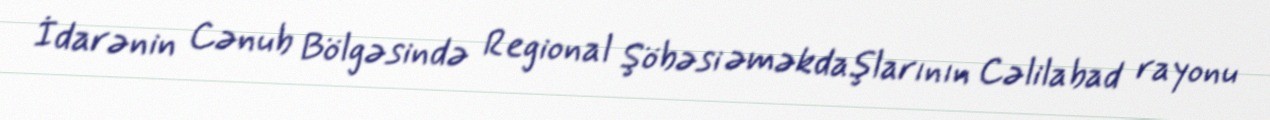
İdarənin Cənub Bölgəsində Regional Şöbəsi əməkdaşlarının Cəlilabad rayonu